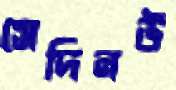
সেদিনউ